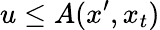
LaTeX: u\leq A(x^{\prime},x_{t})